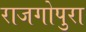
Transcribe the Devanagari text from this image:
राजगोपुरा